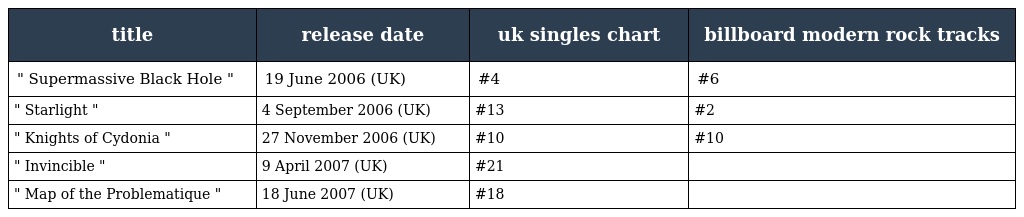
| title | release date | uk singles chart | billboard modern rock tracks |
 | --- | --- | --- | --- |
 | " Supermassive Black Hole " | 19 June 2006 (UK) | #4 | #6 |
 | " Starlight " | 4 September 2006 (UK) | #13 | #2 |
 | " Knights of Cydonia " | 27 November 2006 (UK) | #10 | #10 |
 | " Invincible " | 9 April 2007 (UK) | #21 |  |
 | " Map of the Problematique " | 18 June 2007 (UK) | #18 |  |